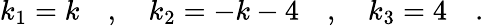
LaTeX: k_{1}=k\quad,\quad k_{2}=-k-4\quad,\quad k_{3}=4\quad.